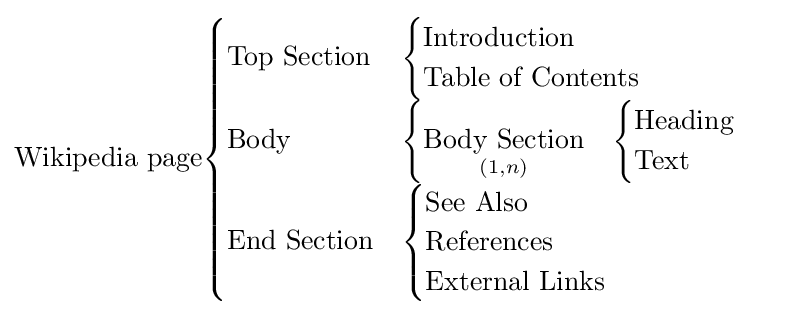
{\text{Wikipedia page}}{\begin{cases}{\text{Top Section}}&{\begin{cases}{\text{Introduction}}\\{\text{Table of Contents}}\end{cases}}\\{\text{Body}}&{\begin{cases}{\underset {(1,n)}{\text{Body Section}}}&{\begin{cases}{\text{Heading}}\\{\text{Text}}\end{cases}}\end{cases}}\\{\text{End Section}}&{\begin{cases}{\text{See Also}}\\{\text{References}}\\{\text{External Links}}\end{cases}}\end{cases}}